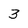
Character: 3